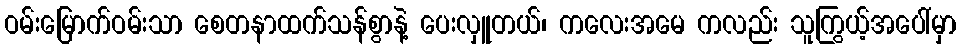
ဝမ်းမြောက်ဝမ်းသာ စေတနာထက်သန်စွာနဲ့ ပေးလှူတယ်၊ ကလေးအမေ ကလည်း သူကြွယ့်အပေါ်မှာ